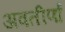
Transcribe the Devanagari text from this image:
अवतीर्णा